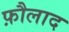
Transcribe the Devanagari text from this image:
फ़ौलाद